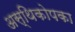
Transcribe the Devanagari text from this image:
अस्थिकोपका